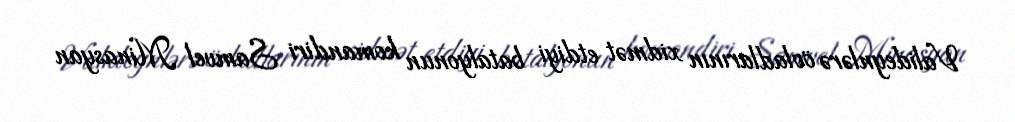
Valideynlərə övladlarının xidmət etdiyi batalyonun komandiri Samvel Minasyan